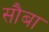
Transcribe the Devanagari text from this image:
सौबा